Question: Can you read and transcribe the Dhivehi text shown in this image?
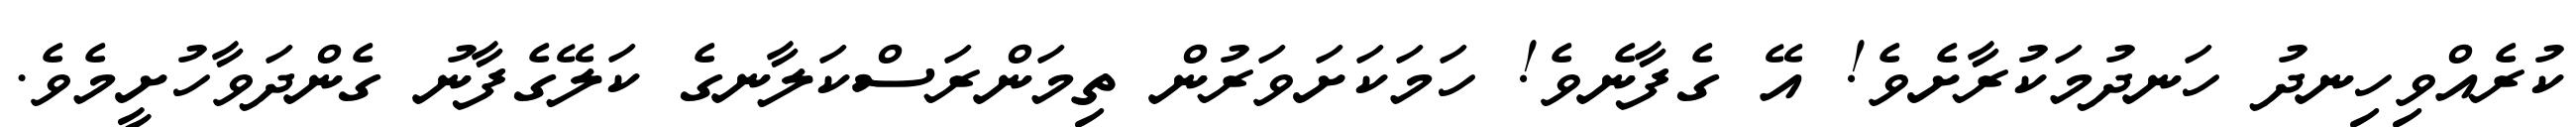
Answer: ކުރެއްވިހިނދު ހަނދުމަކުރާށެވެ! އޭ ގެފާނެވެ! ހަމަކަށަވަރުން ތިމަންރަސްކަލާނގެ ކަލޭގެފާނު ގެންދަވާހުށީމެވެ.